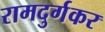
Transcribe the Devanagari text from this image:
रामदुर्गकर